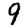
Digit: 9